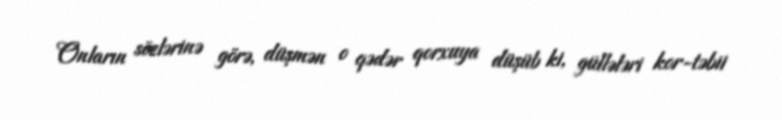
Onların sözlərinə görə, düşmən o qədər qorxuya düşüb ki, güllələri kor-təbii